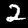
Digit: 2